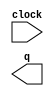
module cnt_test (
	clock,
	q);

	input	  clock;
	output	[15:0]  q;

endmodule